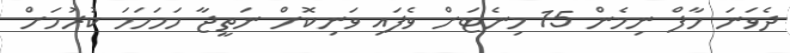
ދެވަނަ ހާފް ނިމެން 15 މިނެޓަށް ވެފައި ވަނިކޮށް ނަތީޖާ ހަމަހަމަ ކުރުމަށް